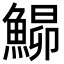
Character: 𩹡